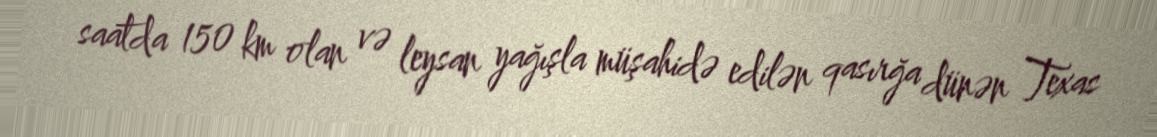
saatda 150 km olan və leysan yağışla müşahidə edilən qasırğa dünən Texas